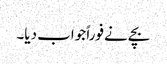
بچے نے فوراً جواب دیا۔